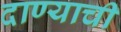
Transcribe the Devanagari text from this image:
दाण्याची